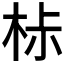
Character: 𣐹